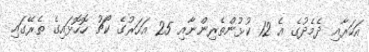
އަހަރާއި ދެމެދުގެ އެ 12 ކުޅުންތެރިންނާއި 25 އަހަރުގެ ކޯޗު ހޮހޮޅައިގެ ތެރޭގައި